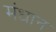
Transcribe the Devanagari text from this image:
मंधान